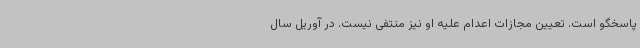
پاسخگو است. تعیین مجازات اعدام علیه او نیز منتفی نیست. در آوریل سال